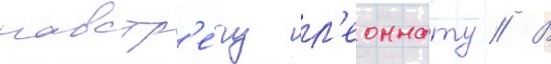
навстр'е́чу л'еоннату // В